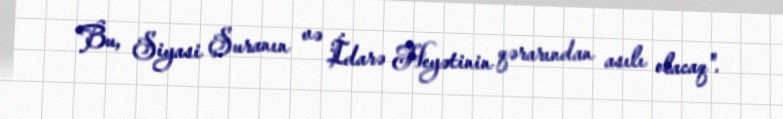
Bu, Siyasi Şuranın və İdarə Heyətinin qərarından asılı olacaq".